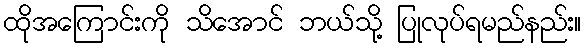
ထိုအကြောင်းကို သိအောင် ဘယ်သို့ ပြုလုပ်ရမည်နည်း။